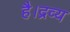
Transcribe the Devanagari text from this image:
है।द्रव्य